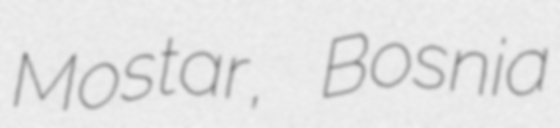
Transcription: Mostar, Bosnia